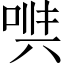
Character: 𠶁